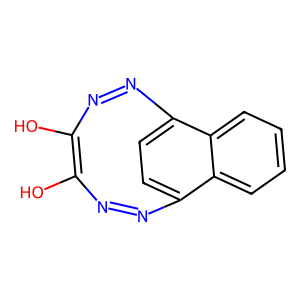
SMILES: Oc1nnc2ccc(nnc1O)c1ccccc21
Inhibits HIV replication: No